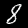
Label: 8